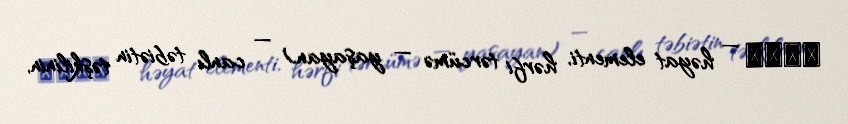
βίον — həyat elementi, hərfi tərcümə — yaşayan) — canlı təbiətin təşkilinin,